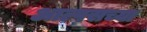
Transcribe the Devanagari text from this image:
आल्पसच्या